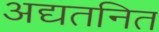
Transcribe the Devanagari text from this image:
अद्यतनित